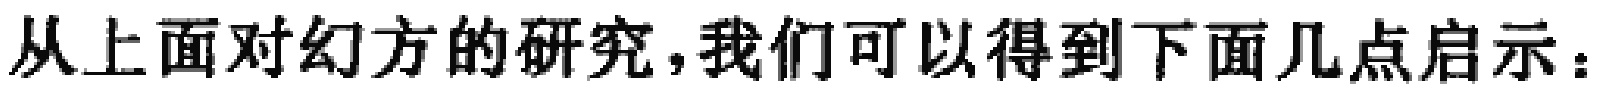
从上面对幻方的研究，我们可以得到下面几点启示：